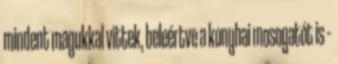
mindent magukkal vittek, beleértve a konyhai mosogatót is –